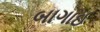
બાગાઈ